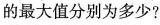
的最大值分别为多少?